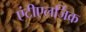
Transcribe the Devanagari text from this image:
एंटीएलर्जिक